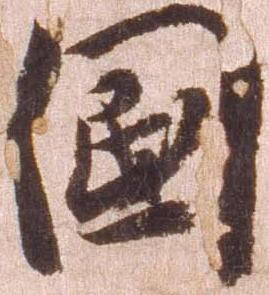
国